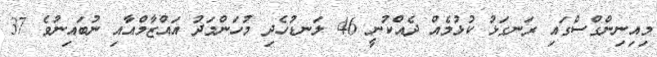
މިއިނިންގްސްގައި ރަނގަޅު ކުޅުމެއް ދެއްކުނީ 46 ލަނޑުހެދި މުހަންމަދު އައްޒާމްއާއި ނުބައިނުވެ 37